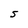
Character: S